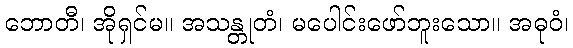
ဘောတီ၊ အိုရှင်မ။ အသန္တုတံ၊ မပေါင်းဖော်ဘူးသော။ အဓုဝံ၊